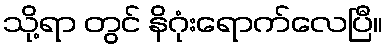
သို့ရာ တွင် နိဂုံးရောက်လေပြီ။